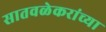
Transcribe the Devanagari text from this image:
सातवळेकरांच्या